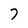
Character: 7